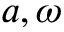
a , \omega